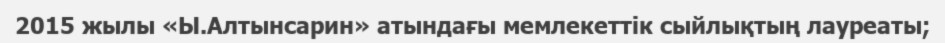
2015 жылы «Ы.Алтынсарин» атындағы мемлекеттік сыйлықтың лауреаты;